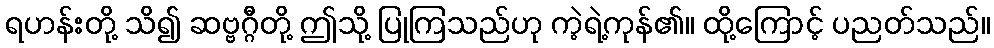
ရဟန်းတို့ သိ၍ ဆဗ္ဗဂ္ဂီတို့ ဤသို့ ပြုကြသည်ဟု ကဲ့ရဲ့ကုန်၏။ ထို့ကြောင့် ပညတ်သည်။